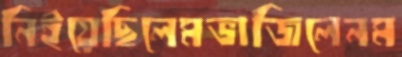
নিইয়েছিলেমভাজিলেনম